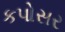
કપોસર